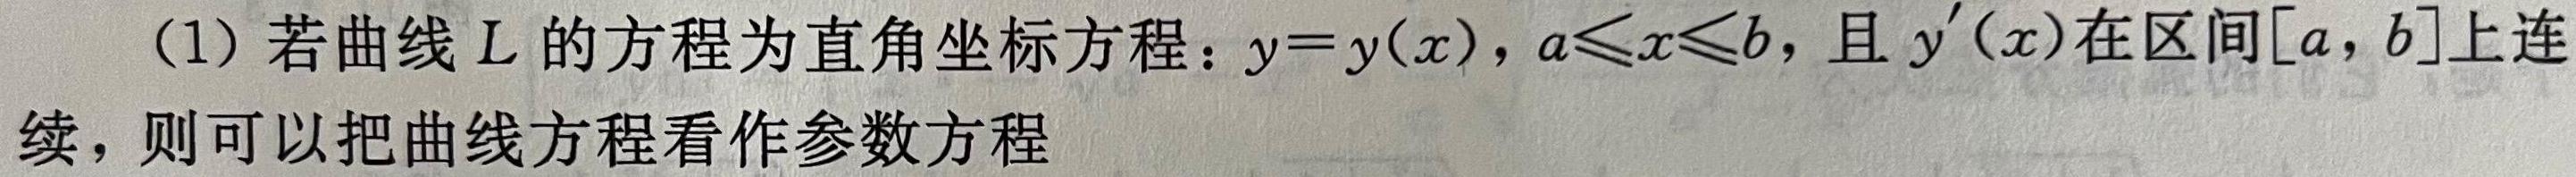
(1) 若曲线$L$的方程为直角坐标方程：$y = y(x)$，$a\leqslant x\leqslant b$，且$y'(x)$在区间$[a,b]$上连续，则可以把曲线方程看作参数方程